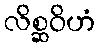
လိစ္ဆဝိဟံ